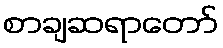
စာချဆရာတော်